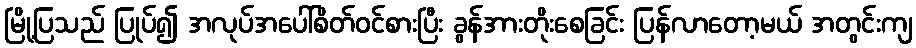
မြို့ပြသည် ပြုပ်၍ အလုပ်အပေါ်စိတ်ဝင်စားပြီး ခွန်အားတိုးစေခြင်း ပြန်လာတော့မယ် အတွင်းကျ